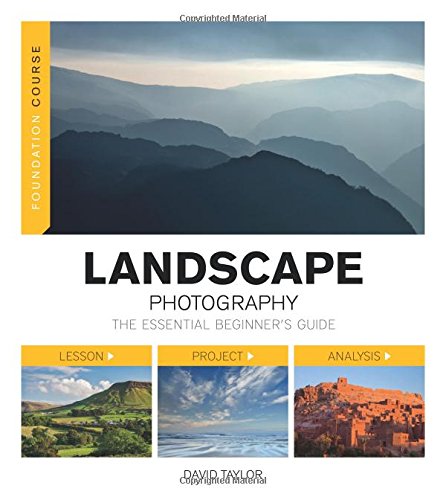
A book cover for Foundation Course: Landscape Photography: The Essential Beginners Guide; David Taylor; Arts & Photography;